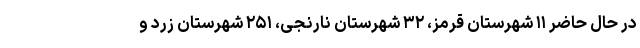
در حال حاضر ۱۱ شهرستان قرمز، ۳۲ شهرستان نارنجی، ۲۵۱ شهرستان زرد و